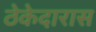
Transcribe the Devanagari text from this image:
ठेकेदारास